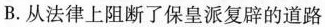
B.从法律上阻断了保皇派复辟的道路